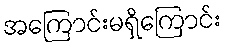
အကြောင်းမရှိကြောင်း